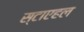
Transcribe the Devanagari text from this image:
स्टाएहल